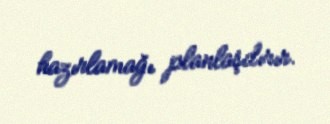
hazırlamağı planlaşdırır.